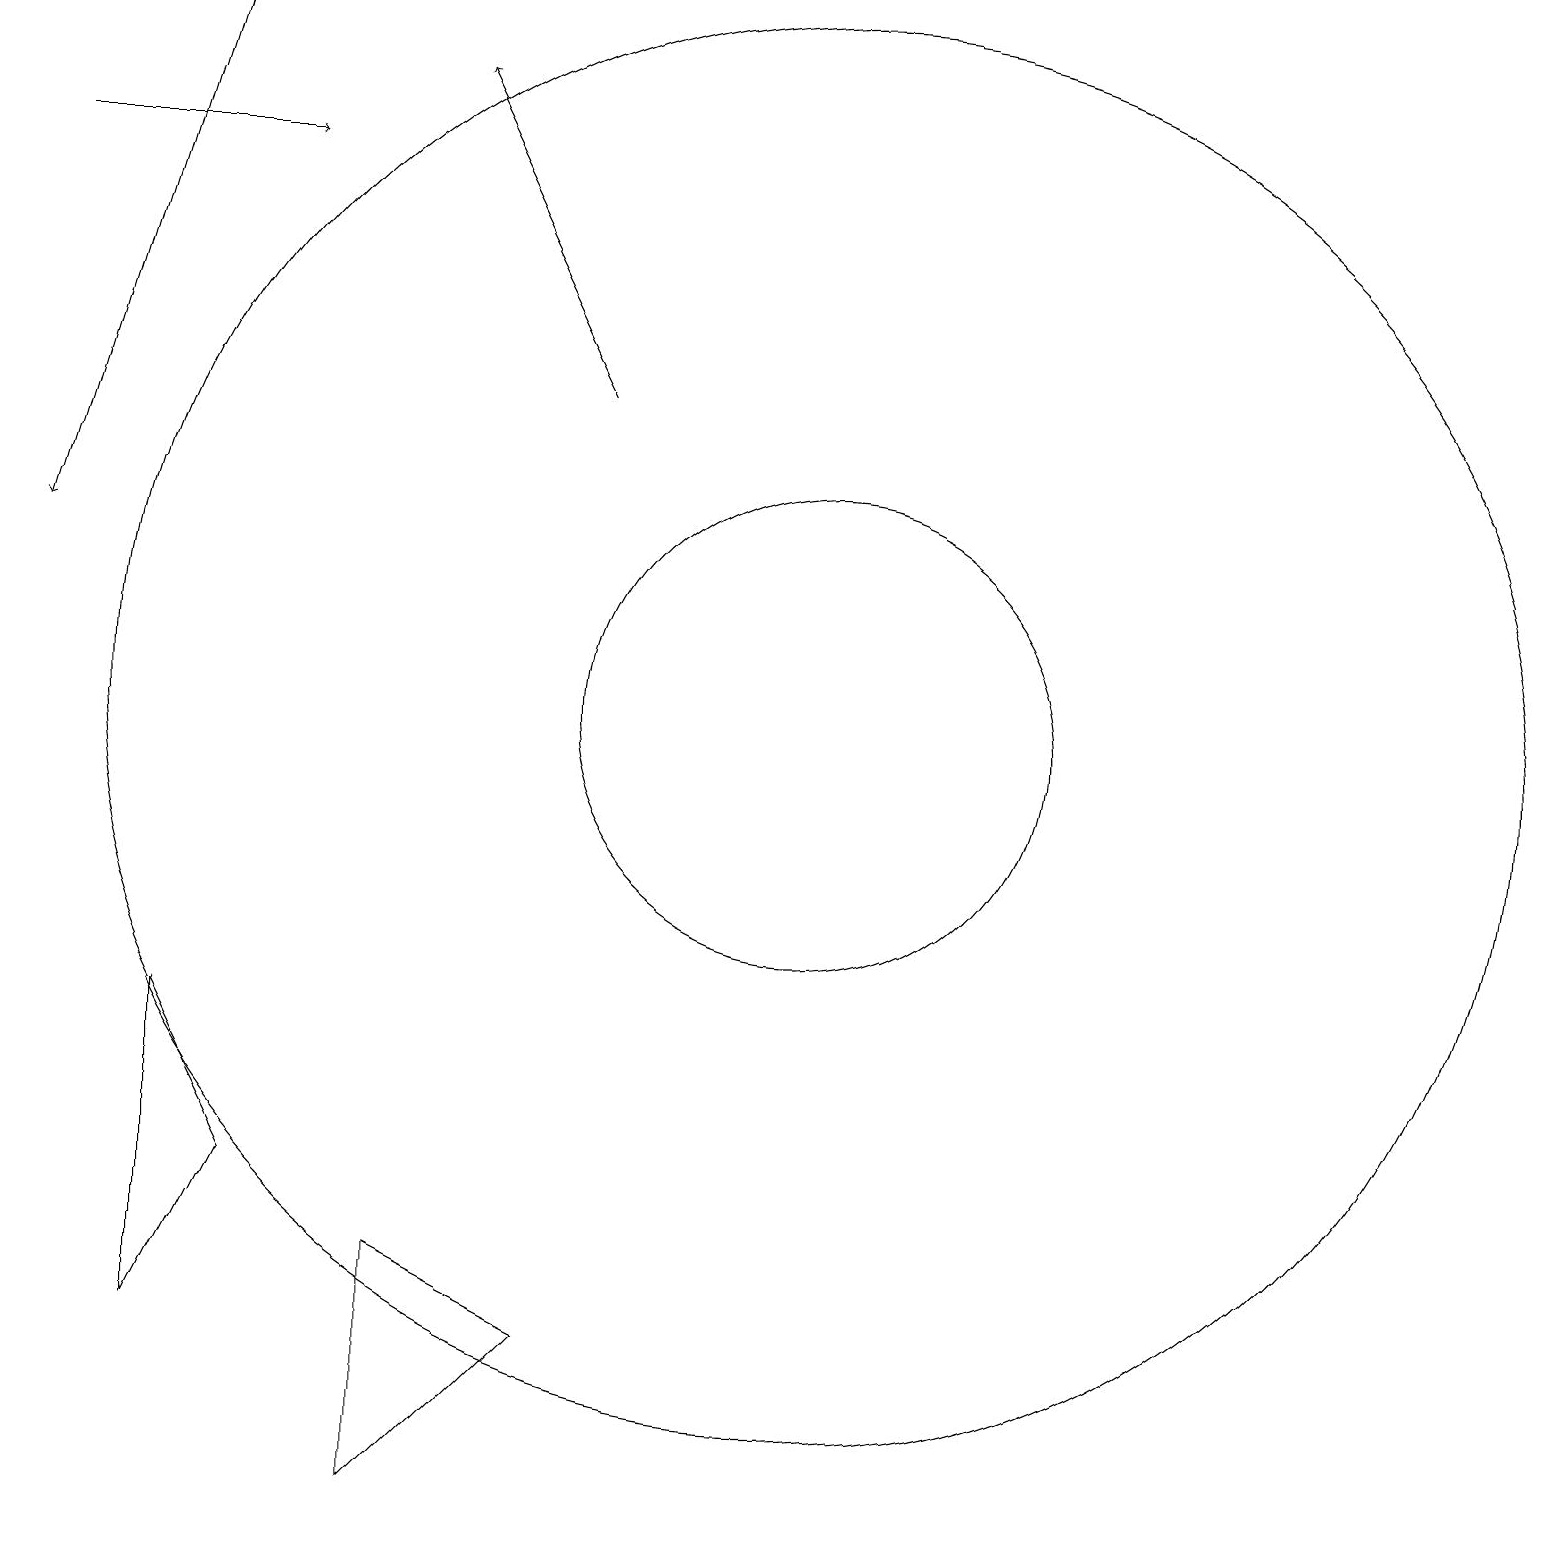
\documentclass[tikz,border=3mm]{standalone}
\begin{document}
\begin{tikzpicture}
\draw (10,10) circle (9);
\draw (3,4) -- (2,2) -- (2,6) -- cycle;
\draw[->] (0,17) -- (3,17);
\draw[->] (2,19) -- (0,12);
\draw (5,0) -- (7,2) -- (5,3) -- cycle;
\draw[->] (7,14) -- (5,18);
\draw (10,10) circle (3);
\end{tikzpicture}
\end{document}